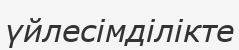
үйлесімділікте